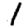
Digit: 1